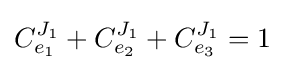
C_{e_{1}}^{J_{1}}+C_{e_{2}}^{J_{1}}+C_{e_{3}}^{J_{1}}=1